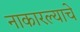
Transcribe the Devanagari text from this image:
नाकारल्याचे